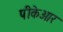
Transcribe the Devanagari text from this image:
पीकेआर